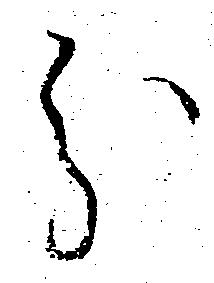
分